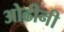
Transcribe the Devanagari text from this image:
ओढीनी